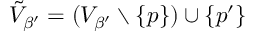
\tilde { V } _ { \beta ^ { \prime } } = ( V _ { \beta ^ { \prime } } \setminus \{ p \} ) \cup \{ p ^ { \prime } \}